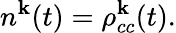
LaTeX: n^{\textbf{k}}(t)=\rho_{cc}^{\textbf{k}}(t).